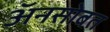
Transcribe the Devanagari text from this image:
अॅनसोबत